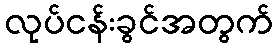
လုပ်ငန်းခွင်အတွက်